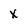
Character: X